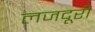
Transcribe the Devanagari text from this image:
लजदूरी